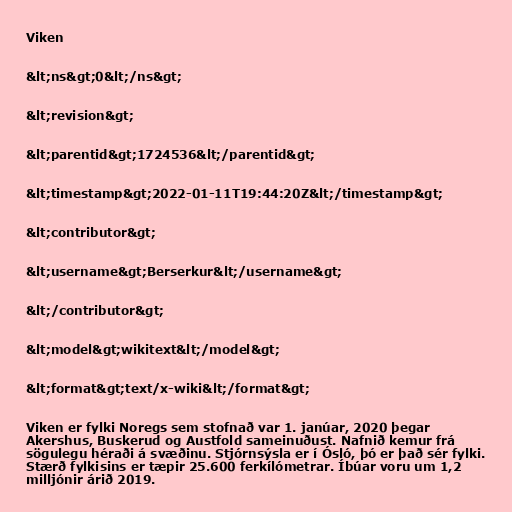
Viken

&lt;ns&gt;0&lt;/ns&gt;

&lt;revision&gt;

&lt;parentid&gt;1724536&lt;/parentid&gt;

&lt;timestamp&gt;2022-01-11T19:44:20Z&lt;/timestamp&gt;

&lt;contributor&gt;

&lt;username&gt;Berserkur&lt;/username&gt;

&lt;/contributor&gt;

&lt;model&gt;wikitext&lt;/model&gt;

&lt;format&gt;text/x-wiki&lt;/format&gt;

Viken er fylki Noregs sem stofnað var 1. janúar, 2020 þegar
Akershus, Buskerud og Austfold sameinuðust. Nafnið kemur frá
sögulegu héraði á svæðinu. Stjórnsýsla er í Ósló, þó er það sér fylki.
Stærð fylkisins er tæpir 25.600 ferkílómetrar. Íbúar voru um 1,2
milljónir árið 2019.